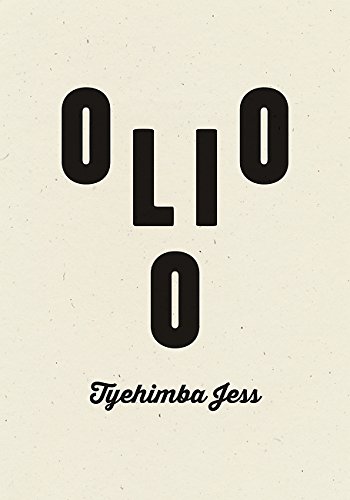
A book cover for Olio; Tyehimba Jess; Literature & Fiction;